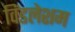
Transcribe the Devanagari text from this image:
विंडलेशम